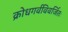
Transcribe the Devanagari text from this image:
क्रोधगर्वविवर्जितः